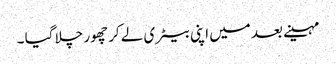
مہینے بعد میں اپنی بیٹری لے کر چھور چلا گیا ۔